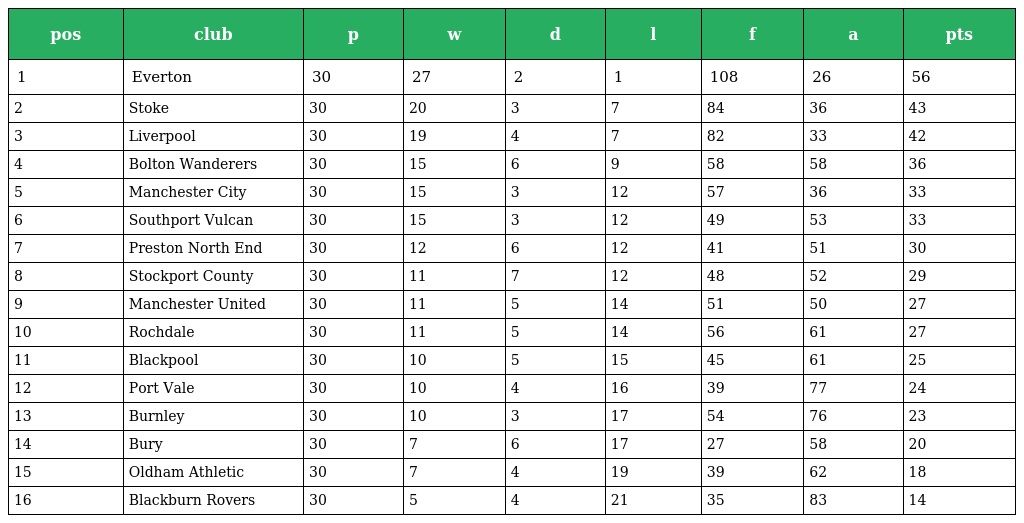
| pos | club | p | w | d | l | f | a | pts |
 | --- | --- | --- | --- | --- | --- | --- | --- | --- |
 | 1 | Everton | 30 | 27 | 2 | 1 | 108 | 26 | 56 |
 | 2 | Stoke | 30 | 20 | 3 | 7 | 84 | 36 | 43 |
 | 3 | Liverpool | 30 | 19 | 4 | 7 | 82 | 33 | 42 |
 | 4 | Bolton Wanderers | 30 | 15 | 6 | 9 | 58 | 58 | 36 |
 | 5 | Manchester City | 30 | 15 | 3 | 12 | 57 | 36 | 33 |
 | 6 | Southport Vulcan | 30 | 15 | 3 | 12 | 49 | 53 | 33 |
 | 7 | Preston North End | 30 | 12 | 6 | 12 | 41 | 51 | 30 |
 | 8 | Stockport County | 30 | 11 | 7 | 12 | 48 | 52 | 29 |
 | 9 | Manchester United | 30 | 11 | 5 | 14 | 51 | 50 | 27 |
 | 10 | Rochdale | 30 | 11 | 5 | 14 | 56 | 61 | 27 |
 | 11 | Blackpool | 30 | 10 | 5 | 15 | 45 | 61 | 25 |
 | 12 | Port Vale | 30 | 10 | 4 | 16 | 39 | 77 | 24 |
 | 13 | Burnley | 30 | 10 | 3 | 17 | 54 | 76 | 23 |
 | 14 | Bury | 30 | 7 | 6 | 17 | 27 | 58 | 20 |
 | 15 | Oldham Athletic | 30 | 7 | 4 | 19 | 39 | 62 | 18 |
 | 16 | Blackburn Rovers | 30 | 5 | 4 | 21 | 35 | 83 | 14 |